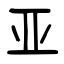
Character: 亚